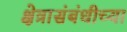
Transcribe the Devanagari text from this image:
क्षेत्रासंबंधीच्या